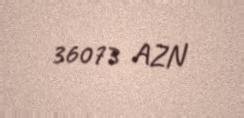
36073 AZN